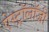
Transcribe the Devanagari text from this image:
ऐस्ट्रॉलॉजी